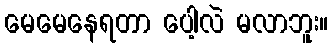
မေမေနေရတာ ပေါ့လဲ မလာဘူး။